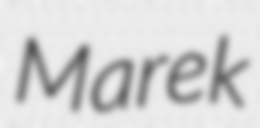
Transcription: Marek